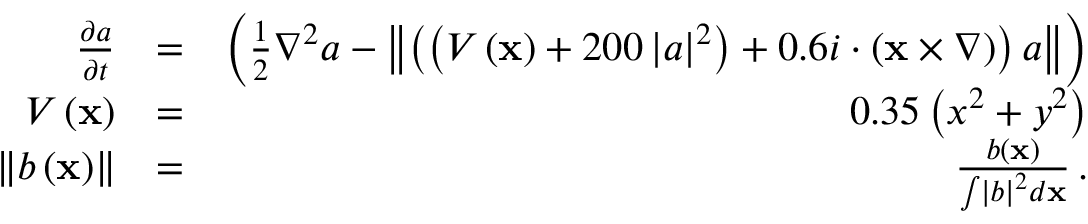
\begin{array} { r l r } { \frac { \partial a } { \partial t } } & { = } & { \left( \frac { 1 } { 2 } \nabla ^ { 2 } a - \left\Vert \left( \left( V \left( \mathbf { x } \right) + 2 0 0 \left| a \right| ^ { 2 } \right) + 0 . 6 i \cdot \left( \mathbf { x } \times \nabla \right) \right) a \right\Vert \right) } \\ { V \left( \mathbf { x } \right) } & { = } & { 0 . 3 5 \left( x ^ { 2 } + y ^ { 2 } \right) } \\ { \left\Vert b \left( \mathbf { x } \right) \right\Vert } & { = } & { \frac { b \left( \mathbf { x } \right) } { \int \left| b \right| ^ { 2 } d \mathbf { x } } \, . } \end{array}